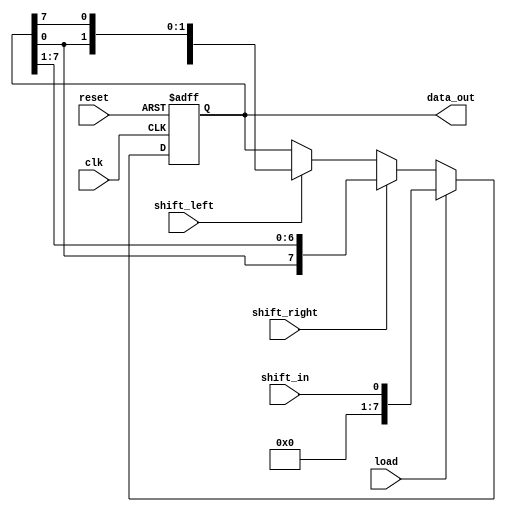
module universal_shift_register (
  input wire clk,
  input wire reset,
  input wire shift_in,
  input wire load,
  input wire shift_right,
  input wire shift_left,
  output wire [7:0] data_out
);

reg [7:0] data_reg;

always @(posedge clk or posedge reset) begin
  if (reset) begin
    data_reg <= 8'h00;
  end else begin
    if (load) begin
      data_reg <= shift_in;
    end else begin
      if (shift_right) begin
        data_reg <= {data_reg[0], data_reg[7:1]};
      end else if (shift_left) begin
        data_reg <= {data_reg[6:0], data_reg[7]};
      end
    end
  end
end

assign data_out = data_reg;

endmodule